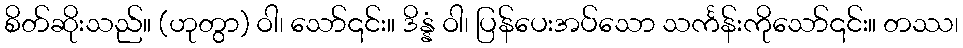
စိတ်ဆိုးသည်။ (ဟုတွာ) ဝါ၊ သော်၎င်း။ ဒိန္နံ ဝါ၊ ပြန်ပေးအပ်သော သင်္ကန်းကိုသော်၎င်း။ တဿ၊